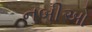
નબીઓ